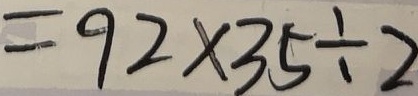
= 9 2 \times 3 5 \div 2